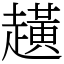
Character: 趪